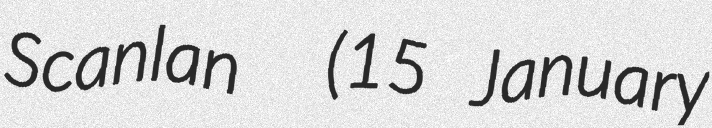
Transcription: Scanlan  (15 January